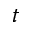
t